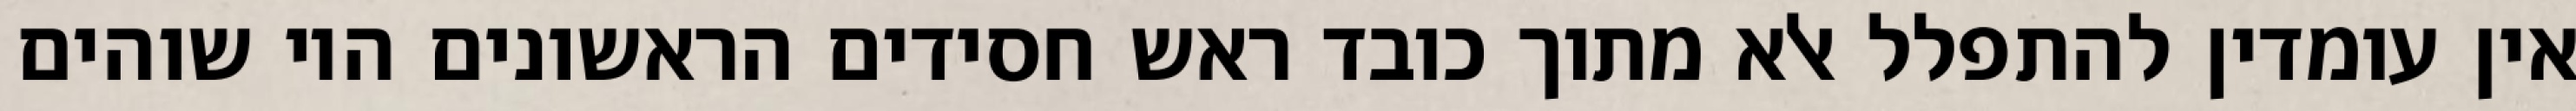
אין עומדין להתפלל אלא מתוך כובד ראש חסידים הראשונים היו שוהים